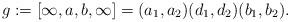
LaTeX: \begin{align*} g:=[\infty,a,b,\infty] = (a_1,a_2)(d_1,d_2)(b_1,b_2).\end{align*}